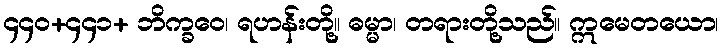
၄၄၀+၄၄၁+ ဘိက္ခဝေ၊ ရဟန်းတို့။ ဓမ္မာ၊ တရားတို့သည်။ ဣမေတယော၊